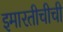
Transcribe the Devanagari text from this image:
इमारतीचीची